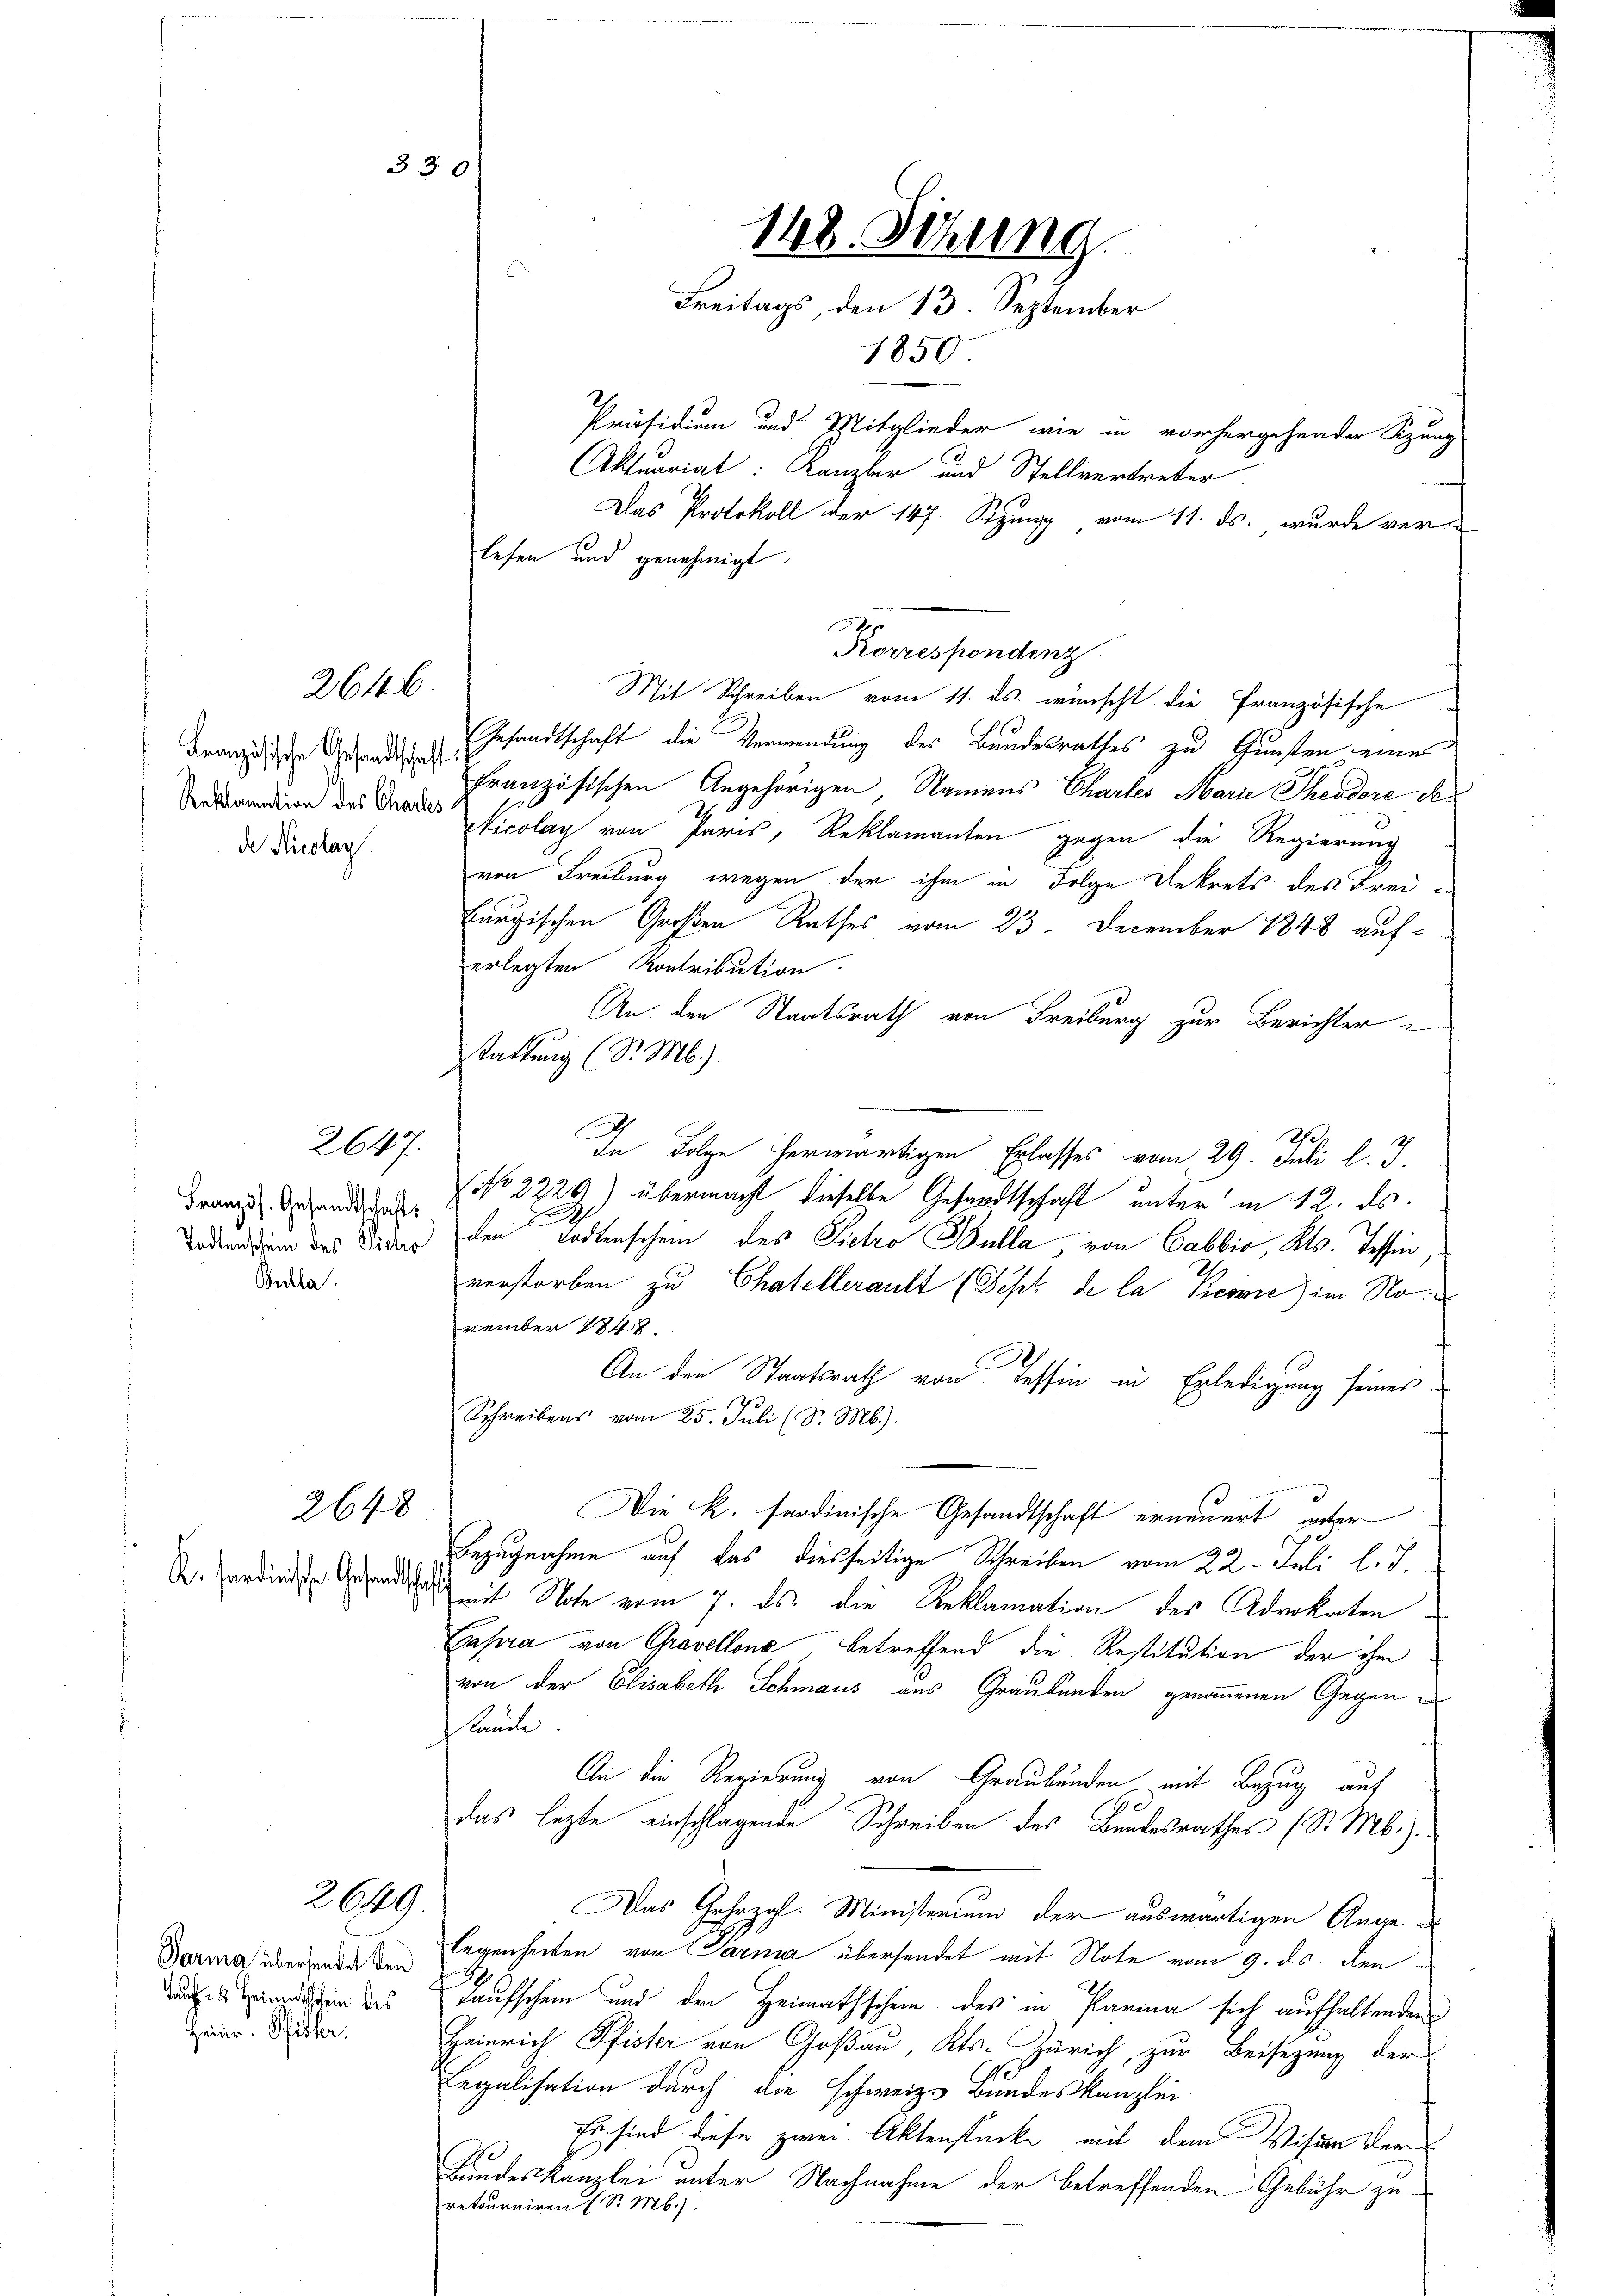
330

Französische Gesandtschaft
Reklamation des Charles
de Nicolay.

Französ. Gesandtschaft:
Bulla

2646.

2647.

K.sardinische Gesandtschaft

2648

2649.

Darina übersendet den
Taufs Heimatschein des
Heinr. Pfister.

Präsidium und Mitglieder wie in vorhergehender Sitzung
Aktuariat: Kanzler und Stellvertreter.
Das Protokoll der 147. Seizung vom 11. ds. wurde verlesen und genehmigt.
Korrespondenz
Mit Schreiben vom 11. ds. wünscht die französische
Gesandtschaft die Verwendung des Bundesrathes zu Gunsten eine
französischen Angehörigen, Namens Chartes Marie Theodore des
Nicolay von Paris, Reklamanten gegen die Regierung
von Freiburg wegen der ihm in Folge Dekrets des Frei-
fungischen Großen Rathes vom 23. December 1848 auferlegten Kontribution.
An den Staatsrath von Freiburg zur Berichter
stattung (S. M.).
In Folge herwärtigen Erlasses vom 29. Juli l. J.
No 2229) übermacht dieselbe Gesandtschaft unter in 12. ds.
oder in des Wider den Todtenschein des Pietro Bulla von Cabbio, Kts. Tessin,
verstorben zu Chatellerault (Sept de la Keime) im November 1848.
An den Staatsrath von Tessin in Erledigung seines
7
Schreibens vom 25. Juli (S. M.).
Die K. fordinische Gesandtschaft erneuert, unter
Bezugnahme auf das diesseitige Schreiben vom 22. Juli l. J.
mit Note vom 7. ds. die Reklamation des Advokaten
Gapra von Gravellone betreffend die Restitution der ihm
von der Elisabeth Schmaus aus Graubünden genommenen Gegenstände.
An die Regierung von Graubünden mit Bezug auf
1
das lezte einschlagende Schreiben des Bundesrathes (S. Mb.).
Das Gehozgl. Ministerium der auswärtigen Angelegenheiten von Parma übersendet mit Note vom 9. ds. den
x
Taufschein und den Heimathschein des in Parina sich aufhaltenden
Heinrich Pfister von Goßau, Kts. Zürich, zur Beisezung der
Legalisation durch die schweiz. Bundeskanzlei
Es sind diese zwei Aktenstücke mit dem Vision der
d
Bundeskanzlei unter Nachnahme der betreffenden Gebühr zuretourniren (S. Mb.):

148. Sehrung
Freitags, den 13. September
1850